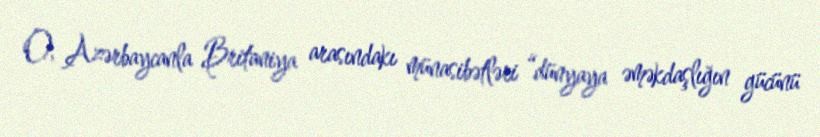
O, Azərbaycanla Britaniya arasındakı münasibətləri “dünyaya əməkdaşlığın gücünü